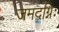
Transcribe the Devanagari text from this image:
जमदग्निः